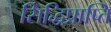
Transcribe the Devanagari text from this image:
सिद्धिप्राप्ति